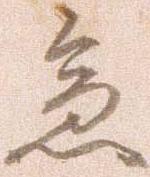
急